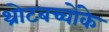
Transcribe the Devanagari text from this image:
थ्रोटबच्चोंके